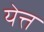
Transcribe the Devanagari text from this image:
येत्त